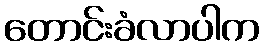
တောင်းခံလာပါက